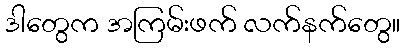
ဒါတွေက အကြမ်းဖက် လက်နက်တွေ။